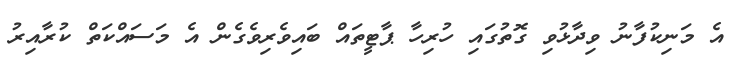
އެ މަނިކުފާނު ވިދާޅުވި ގޮތުގައި ހުރިހާ ޕާޓީތައް ބައިވެރިވެގެން އެ މަސައްކަތް ކުރާއިރު